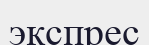
экспрес